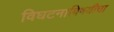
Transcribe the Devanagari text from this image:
विघटनाविषयीचा